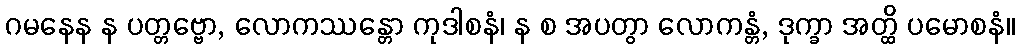
ဂမနေန န ပတ္တဗ္ဗော, လောကဿန္တော ကုဒါစနံ၊ န စ အပတွာ လောကန္တံ, ဒုက္ခာ အတ္ထိ ပမောစနံ။